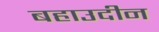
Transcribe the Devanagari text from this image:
बहाउदीन